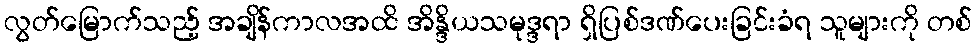
လွတ်မြောက်သည့် အချိန်ကာလအထိ အိန္ဒိယသမုဒ္ဒရာ ရှိပြစ်ဒဏ်ပေးခြင်းခံရ သူများကို တစ်